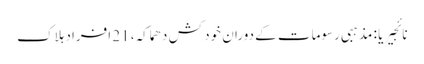
نائجیریا : مذہبی رسومات کے دوران خود کش دھماکہ، 21 افراد ہلاک